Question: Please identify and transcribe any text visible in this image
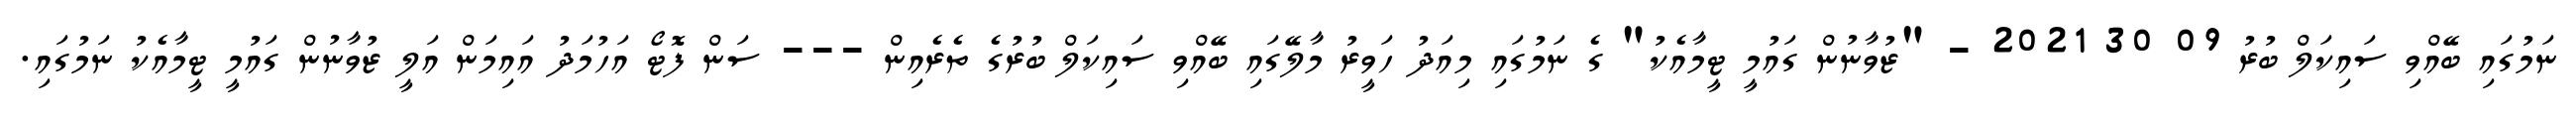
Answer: ނަމުގައި ބޭއްވި ސައިކަލް ބުރު 09 30 2021 - "ޒުވާނުން ގައުމީ ޓީމާއެކު" ގެ ނަމުގައި މިއަދު ހަވީރު މާލޭގައި ބޭއްވި ސައިކަލް ބުރުގެ ތެރެއިން --- ސަން ފޮޓޯ އަހުމަދު އައިމަން އަލީ ޒުވާނުން ގައުމީ ޓީމާއެކު ނަމުގައި.